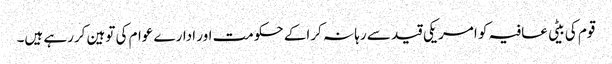
قوم کی بیٹی عافیہ کو امریکی قید سے رہا نہ کراکے حکومت اور ادارے عوام کی توہین کررہے ہیں۔